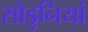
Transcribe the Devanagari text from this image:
सोडुनियां